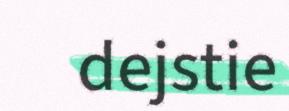
dejstie